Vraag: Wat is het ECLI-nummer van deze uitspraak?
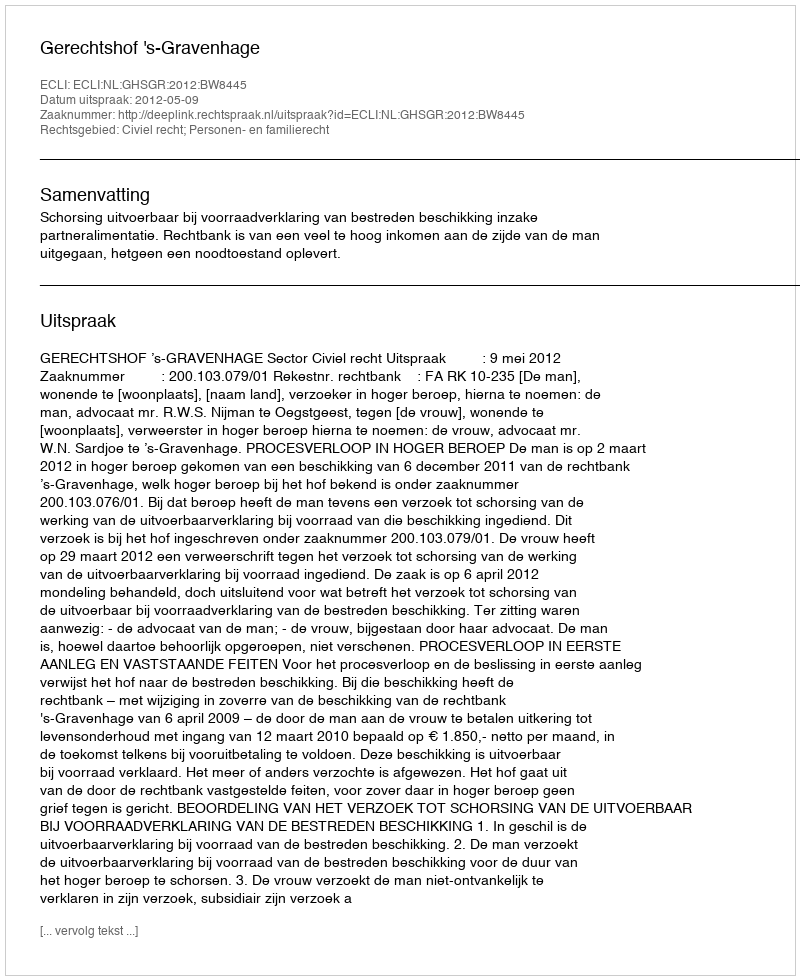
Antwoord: ECLI:NL:GHSGR:2012:BW8445